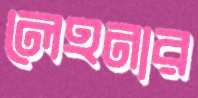
লেহনার